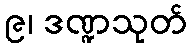
၉၊ ဒဏ္ဍသုတ်